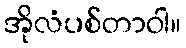
အိုလံပစ်တာဝါ။